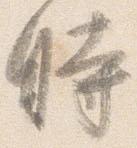
時